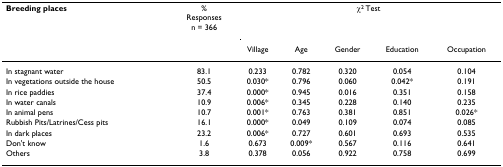
<table><thead><tr><td><b>Breeding places</b></td><td><b>%Responsesn = 366</b></td><td colspan="5"><b>χ<sup>2 </sup>Test</b></td></tr><tr><td></td><td></td><td><b>Village</b></td><td><b>Age</b></td><td><b>Gender</b></td><td><b>Education</b></td><td><b>Occupation</b></td></tr></thead><tbody><tr><td>In stagnant water</td><td>83.1</td><td>0.233</td><td>0.782</td><td>0.320</td><td>0.054</td><td>0.104</td></tr><tr><td>In vegetations outside the house</td><td>50.5</td><td>0.030*</td><td>0.796</td><td>0.060</td><td>0.042*</td><td>0.191</td></tr><tr><td>In rice paddies</td><td>37.4</td><td>0.000*</td><td>0.945</td><td>0.016</td><td>0.351</td><td>0.158</td></tr><tr><td>In water canals</td><td>10.9</td><td>0.006*</td><td>0.345</td><td>0.228</td><td>0.140</td><td>0.235</td></tr><tr><td>In animal pens</td><td>10.7</td><td>0.001*</td><td>0.763</td><td>0.381</td><td>0.851</td><td>0.026*</td></tr><tr><td>Rubbish Pits/Latrines/Cess pits</td><td>16.1</td><td>0.000*</td><td>0.049</td><td>0.109</td><td>0.074</td><td>0.085</td></tr><tr><td>In dark places</td><td>23.2</td><td>0.006*</td><td>0.727</td><td>0.601</td><td>0.693</td><td>0.535</td></tr><tr><td>Don&#x27;t know</td><td>1.6</td><td>0.673</td><td>0.009*</td><td>0.567</td><td>0.116</td><td>0.641</td></tr><tr><td>Others</td><td>3.8</td><td>0.378</td><td>0.056</td><td>0.922</td><td>0.758</td><td>0.699</td></tr></tbody></table>